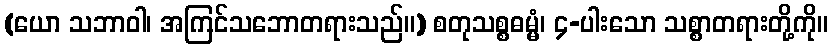
(ယော သဘာဝါ၊ အကြင်သဘောတရားသည်။) စတုသစ္စဓမ္မံ၊ ၄-ပါးသော သစ္စာတရားတို့ကို။